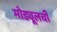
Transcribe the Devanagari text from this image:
मोड्यूलची